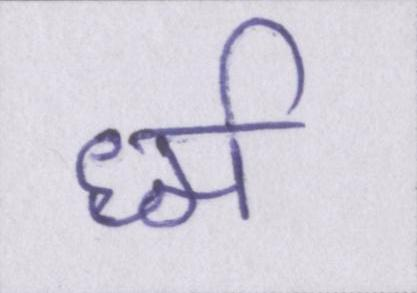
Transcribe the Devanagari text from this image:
र्ध्म